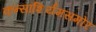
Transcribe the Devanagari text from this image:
कन्सॉशिर्यमसमोर